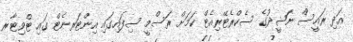
އަދި ރައީސް ނަޝީދުގެ ސެކްރެޓޭރިއެޓް ކަމަށް ރަސްމީ ސިފައިގައި އިންޓަރނެޓް ގައި ޓްވިޓާރ